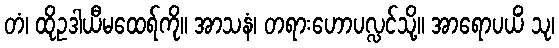
တံ၊ ထိုဥဒါယီမထေရ်ကို။ အာသနံ၊ တရားဟောပလ္လင်သို့။ အာရောပယိံ သု၊